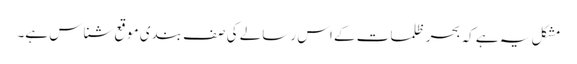
مشکل یہ ہے کہ بحر ظلمات کے اس رسالے کی صف بندی موقع شناس ہے۔